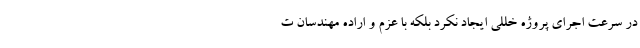
در سرعت اجرای پروژه خللی ایجاد نکرد بلکه با عزم و اراده مهندسان ت